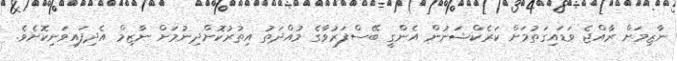
ނާޒިމަށް ރާއްޖެ ވަޑައިގަތުމަށް ކަރެކްޝަނުން އެންގީ ބޭސްފަރުވާގެ މުއްދަތު އިތުރުކޮށްދިނުމަށް ނާޒިމް އެދިފައިވަނިކޮށެވެ.